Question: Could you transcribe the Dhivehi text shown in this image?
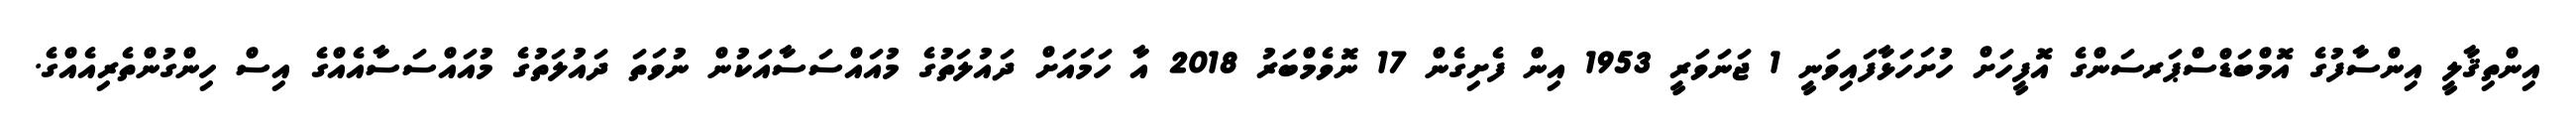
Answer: އިންތިޤާލީ އިންސާފުގެ އޮމްބަޑްސްޕަރސަންގެ އޮފީހަށް ހުށަހަޅާފައިވަނީ 1 ޖަނަވަރީ 1953 އިން ފެށިގެން 17 ނޮވެމްބަރު 2018 އާ ހަމައަށް ދައުލަތުގެ މުއައްސަސާއަކުން ނުވަތަ ދައުލަތުގެ މުއައްސަސާއެއްގެ އިސް ހިންގުންތެރިއެއްގެ.